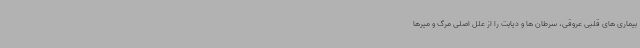
بیماری های قلبی عروقی، سرطان ها و دیابت را از علل اصلی مرگ و میرها